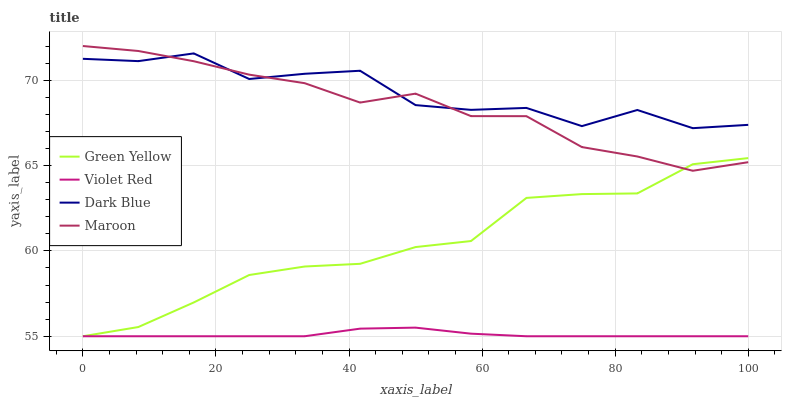
| xaxis_label | Green Yellow | Violet Red | Dark Blue | Maroon |
 | --- | --- | --- | --- | --- |
 | 0 | 55 | 55 | 71.3 | 72 |
 | 8.33 | 55.5 | 55 | 71.1 | 71.7 |
 | 16.7 | 57 | 55 | 71.6 | 71.1 |
 | 25 | 58.6 | 55 | 70.1 | 70.3 |
 | 33.3 | 59.1 | 55 | 70.4 | 69.8 |
 | 41.7 | 59.2 | 55.4 | 70.6 | 68.7 |
 | 50 | 60.2 | 55.5 | 68.5 | 69.2 |
 | 58.3 | 60.6 | 55.2 | 68.3 | 67.9 |
 | 66.7 | 63.1 | 55 | 68.4 | 67.9 |
 | 75 | 63.3 | 55 | 67.3 | 66.1 |
 | 83.3 | 63.4 | 55 | 68.3 | 65.5 |
 | 91.7 | 65.1 | 55 | 67.2 | 64.7 |
 | 100 | 65.4 | 55 | 67.4 | 65.2 |